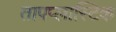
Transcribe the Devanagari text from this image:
तापप्लास्टिक